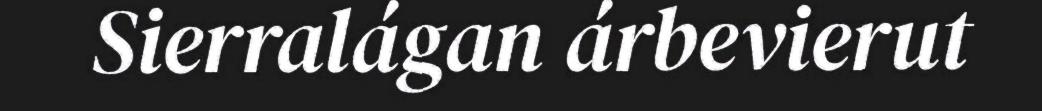
Sierralágan árbevierut